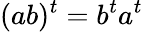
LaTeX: (ab)^{t}=b^{t}a^{t}